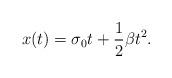
LaTeX: \begin{align*}x(t)=\sigma_{0} t+\frac{1}{2}\beta t^2.\end{align*}